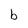
Character: b